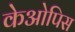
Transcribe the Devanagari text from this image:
केओपिस